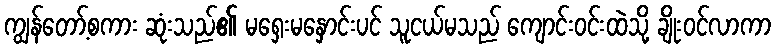
ကျွန်တော့်စကား ဆုံးသည်၏ မရှေးမနှောင်းပင် သူငယ်မသည် ကျောင်းဝင်းထဲသို့ ချိုးဝင်လာကာ